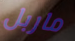
ماربل